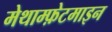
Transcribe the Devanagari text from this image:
मेथाम्फ़ेटमाइन